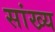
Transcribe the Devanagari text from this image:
सांख्‍य